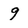
Character: 9